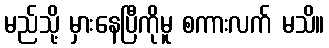
မည်သို့ မှားနေပြီကိုမူ စကားလက် မသိ။